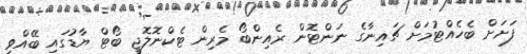
ފަށަށް ބެހެއްޓުމަށް ޗައިނާގެ ނަންޓޮން ރެއިންބޯ މެރިން ޓެކްނޮލޮޖީ ބޯޓް ޔާޑުގައި ބޭއްވި